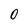
Character: O